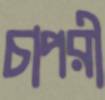
চাপরী